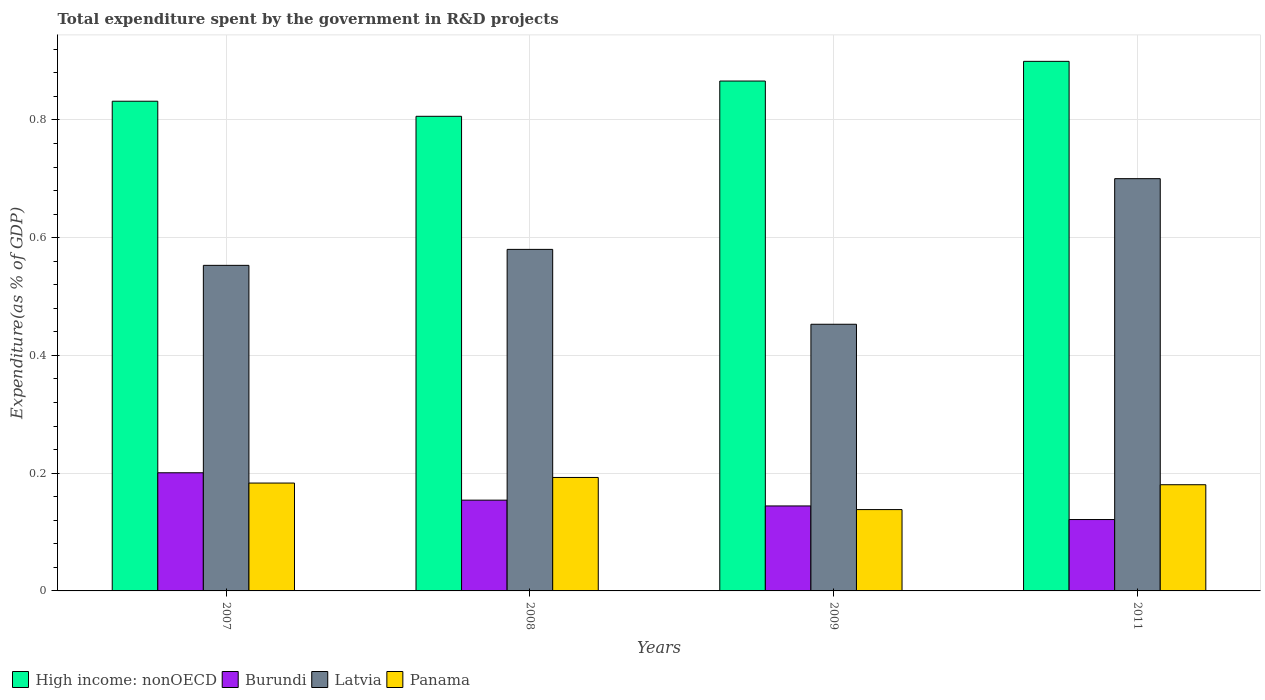
| Years | High income: nonOECD | Burundi | Latvia | Panama |
 | --- | --- | --- | --- | --- |
 | 2007 | 0.832 | 0.201 | 0.553 | 0.183 |
 | 2008 | 0.806 | 0.154 | 0.58 | 0.193 |
 | 2009 | 0.866 | 0.144 | 0.453 | 0.138 |
 | 2011 | 0.9 | 0.121 | 0.7 | 0.18 |